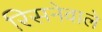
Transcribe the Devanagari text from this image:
रिसनेवाले